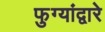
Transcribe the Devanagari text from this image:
फुग्यांद्वारे